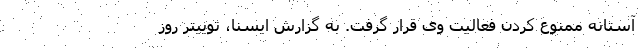
آستانه ممنوع کردن فعالیت وی قرار گرفت. به گزارش ایسنا، توییتر روز